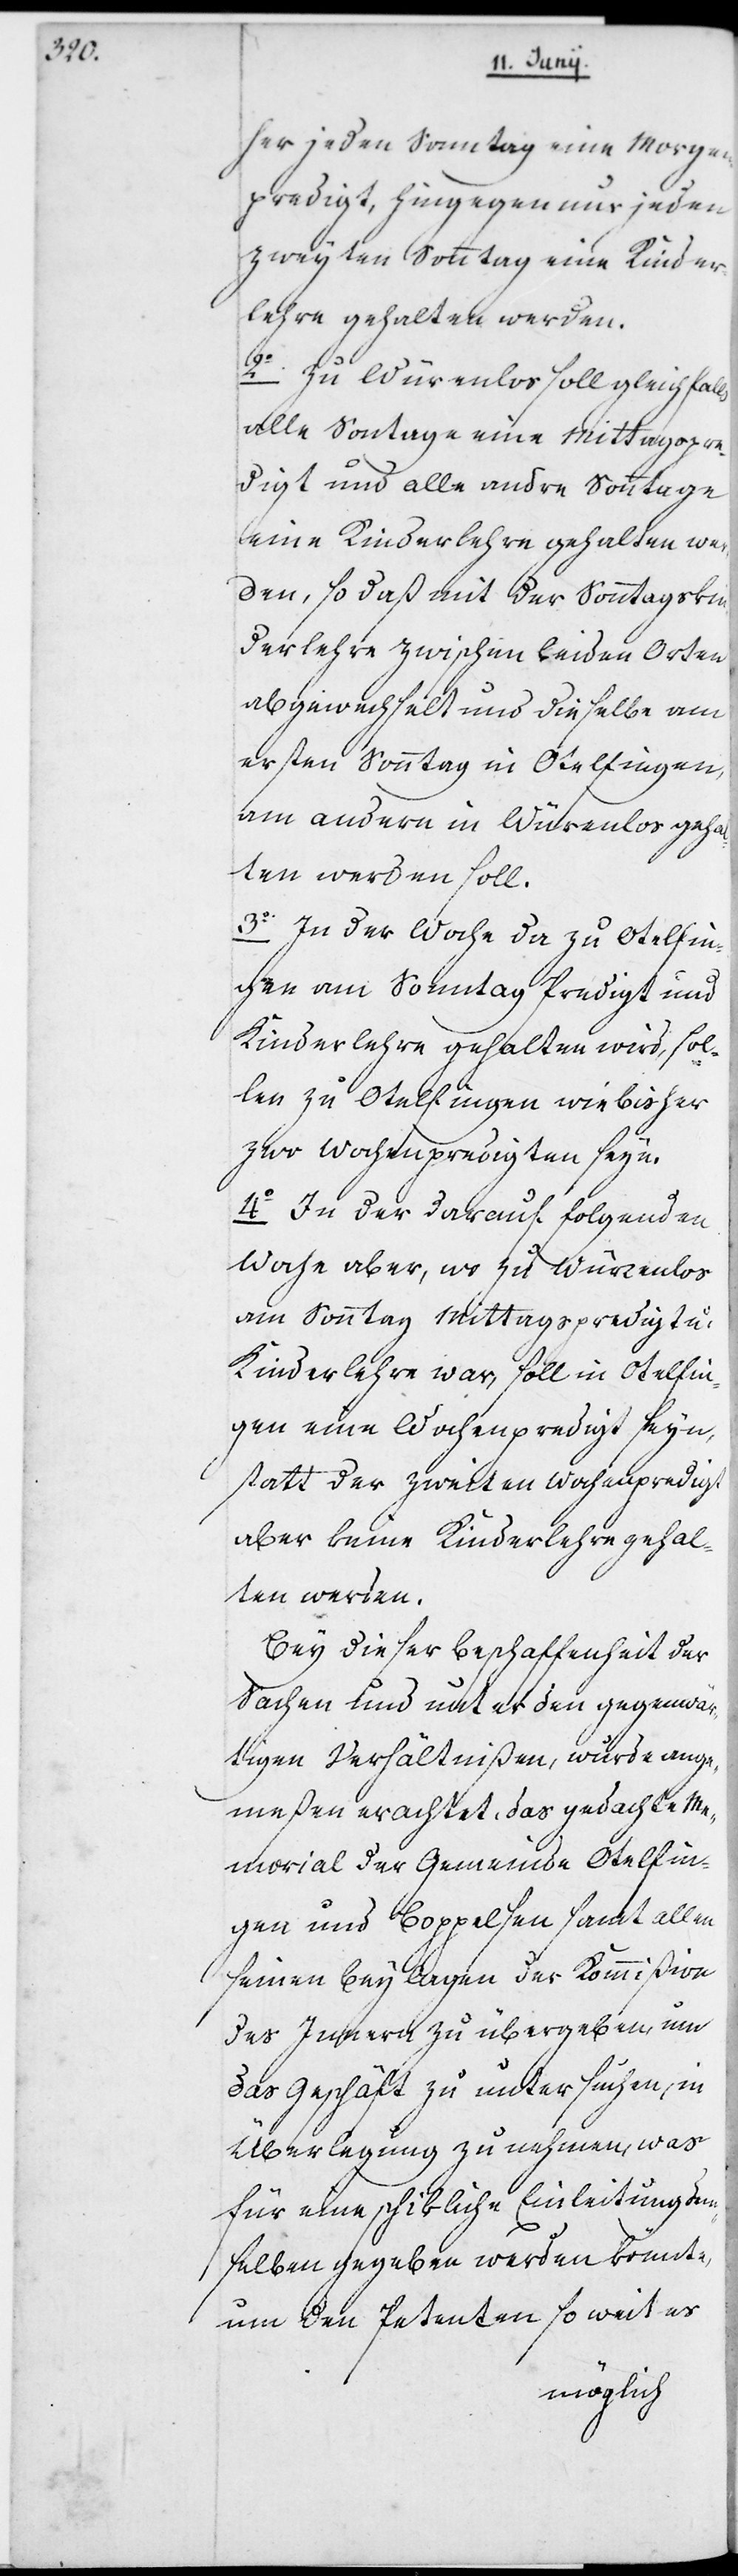
her jeden Sonntag eine Morgen¬
predigt, hingegen nur jeden
zweyten Sonntag eine Kinder¬
lehre gehalten werden.
2o Zu Würenlos soll gleichfalls
alle Sonntage eine Mittagspre¬
digt und alle andre Sonntage
eine Kinderlehre gehalten wer¬
den, so daß mit der Sonntagskin¬
derlehre zwischen beyden Orten
abgewechselt und dieselbe am
ersten Sonntag in Otelfingen,
am andern in Würenlos geha¬
lten werden soll.
3o In der Woche da zu Otelfin¬
gen am Sonntag Predigt und
Kinderlehre gehalten wird, sol¬
len zu Otelfingen wie bisher
zwo Wochenpredigten seyn.
4o In der darauf folgenden
Woche aber, wo zu Würenlos
am Sonntag Mittagspredigt u:
Kinderlehre war, soll in Otelfin¬
gen eine Wochenpredigt seyn,
statt der zweyten Wochenpredigt
aber keine Kinderlehre gehal¬
ten werden.
Bey dieser Beschaffenheit der
Sachen und unter den gegenwär¬
tigen Verhältnißen, wurde ange¬
meßen erachtet, das gedachte Me¬
morial der Gemeinde Otelfin¬
gen und Boppelsen samt allen
seinen Beylagen der Kommißion
des Innern zu übergeben, um
das Geschäft zu untersuchen, in
Überlegung zu nehmen, was
für eine schikliche Einleitung dem¬
selben gegeben werden könnte,
um den Petenten so weit es